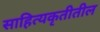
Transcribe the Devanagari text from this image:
साहित्यकृतीतील